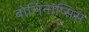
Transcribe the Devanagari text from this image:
बोलिनॉप्सिस